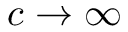
c \rightarrow \infty